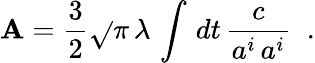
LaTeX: {\cal\mathbf{A}}={\frac{{3}}{{2}}}\sqrt{}{{\pi}}\, \lambda\, \int\, dt\, {\frac{{c}}{{a^{i}\, a^{i}}}}\; \; .